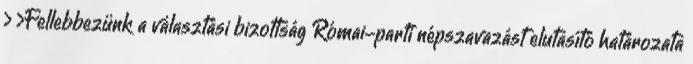
› ›Fellebbezünk a választási bizottság Római-parti népszavazást elutasító határozata